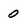
Character: 0